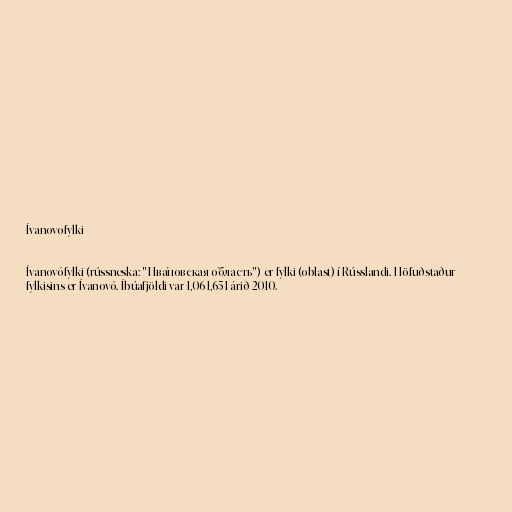
Ívanovofylki

Ívanovófylki (rússneska: "Ива́новская о́бласть") er fylki (oblast) í Rússlandi. Höfuðstaður
fylkisins er Ívanovó. Íbúafjöldi var 1,061,651 árið 2010.